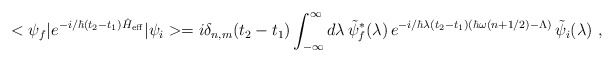
\begin{align*}<\psi_f|e^{-i/\hbar(t_2-t_1)\hat{H}_{\rm eff}}|\psi_i>=i\delta_{n,m}(t_2-t_1)\int_{-\infty}^\infty d\lambda\,\tilde{\psi}^*_f(\lambda)\,e^{-i/\hbar\lambda(t_2-t_1)(\hbar\omega(n+1/2)-\Lambda)}\,\tilde{\psi}_i(\lambda)\ ,\end{align*}